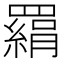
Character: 羂